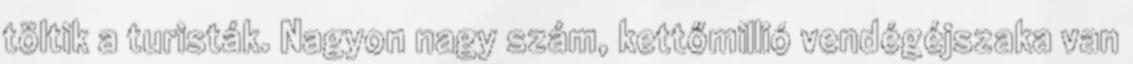
töltik a turisták. Nagyon nagy szám, kettőmillió vendégéjszaka van